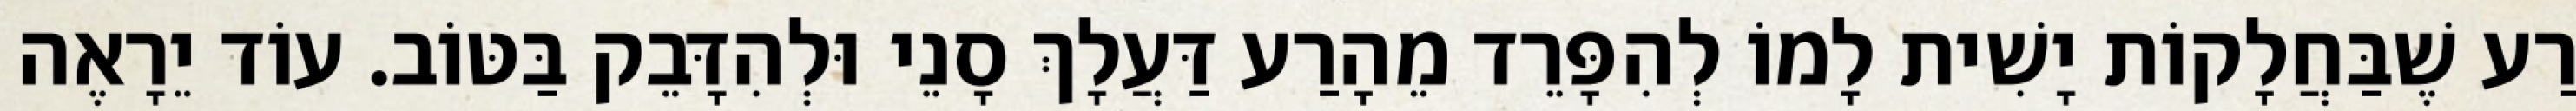
רַע שֶׁבַּחֲלָקוֹת יָשִׁית לָמוֹ לְהִפָּרֵד מֵהָרַע דַּעֲלָךְ סָנֵי וּלְהִדָּבֵק בַּטּוֹב. עוֹד יֵרָאֶה